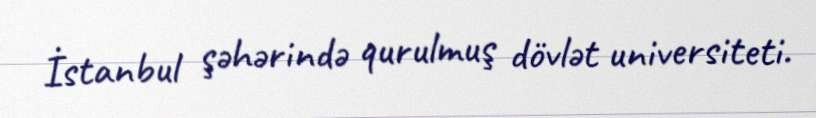
İstanbul şəhərində qurulmuş dövlət universiteti.